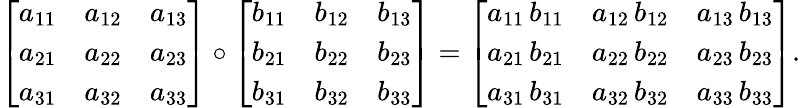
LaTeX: {\left[\begin{array}{lll}{a_{11}}&{a_{12}}&{a_{13}}\\ {a_{21}}&{a_{22}}&{a_{23}}\\ {a_{31}}&{a_{32}}&{a_{33}}\end{array}\right]}\circ{\left[\begin{array}{lll}{b_{11}}&{b_{12}}&{b_{13}}\\ {b_{21}}&{b_{22}}&{b_{23}}\\ {b_{31}}&{b_{32}}&{b_{33}}\end{array}\right]}={\left[\begin{array}{lll}{a_{11}\, b_{11}}&{a_{12}\, b_{12}}&{a_{13}\, b_{13}}\\ {a_{21}\, b_{21}}&{a_{22}\, b_{22}}&{a_{23}\, b_{23}}\\ {a_{31}\, b_{31}}&{a_{32}\, b_{32}}&{a_{33}\, b_{33}}\end{array}\right]}.